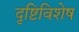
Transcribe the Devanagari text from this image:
दृष्टिविशेष